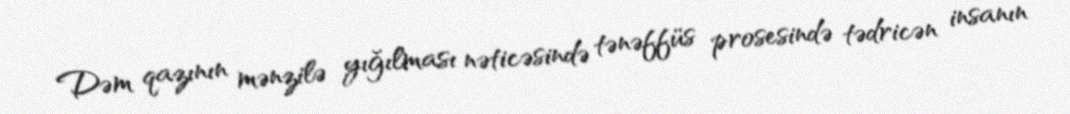
Dəm qazının mənzilə yığılması nəticəsində tənəffüs prosesində tədricən insanın